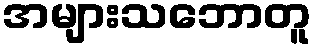
အများသဘောတူ